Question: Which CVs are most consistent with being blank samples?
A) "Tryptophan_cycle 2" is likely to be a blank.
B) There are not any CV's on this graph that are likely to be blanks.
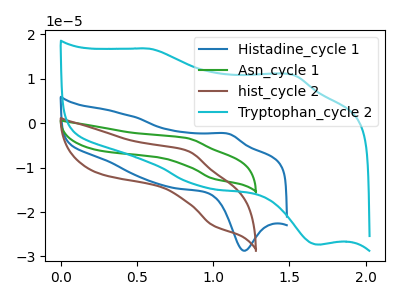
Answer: <think>The blue curve "Histadine_cycle 1" has an anodic peak at (1.10V, -2.50uA) and a cathodic peak at (1.20V, -28.70uA). The green curve "Asn_cycle 1" has an anodic peak at (0.85V, -3.35uA) and a cathodic peak at (1.00V, -12.45uA). The brown curve "hist_cycle 2" has an anodic peak at (0.85V, -6.25uA) and a cathodic peak at (1.00V, -23.00uA). The cyan curve "Tryptophan_cycle 2" has anodic peaks at (0.60V, 16.80uA) (1.50V, 10.90uA) and cathodic peaks at (0.95V, -14.25uA) (1.70V, -27.30uA).</think>
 <answer>B) There are not any CV's on this graph that are likely to be blanks.</answer>
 <eval>B</eval>